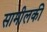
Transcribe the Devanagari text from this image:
सामीलकी